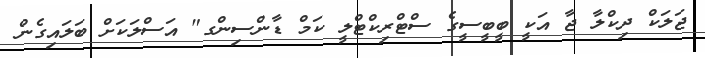
ޖަލަކް ދިކްލާ ޖާ އަކީ ބީބީސީގެ ސްޓްރިކްޓްލީ ކަމް ޑާންސިންގ" އަސްލަކަށް ބަަލައިގެން